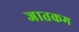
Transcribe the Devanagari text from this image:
जातकम